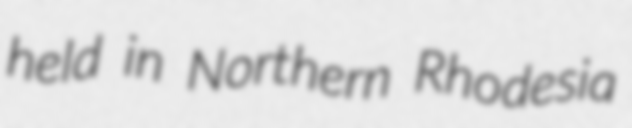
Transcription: held in Northern Rhodesia